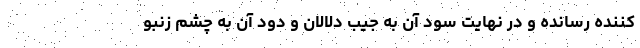
کننده رسانده و در نهایت سود آن به جیب دلالان و دود آن به چشم زنبو